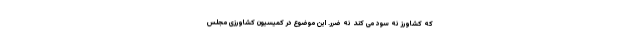
که کشاورز نه سود می کند نه ضرر. این موضوع در کمیسیون کشاورزی مجلس